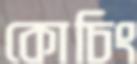
কোচিং